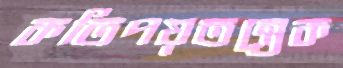
কতিপয়তন্ত্রেক